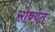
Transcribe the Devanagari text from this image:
सोवयेत